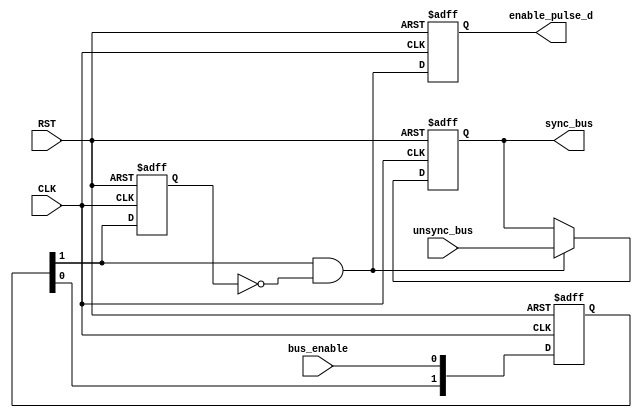

module DATA_SYNC # ( 
     parameter NUM_STAGES = 2 ,
	 parameter BUS_WIDTH = 8 
)(
input    wire                      CLK,
input    wire                      RST,
input    wire     [BUS_WIDTH-1:0]  unsync_bus,
input    wire                      bus_enable,
output   reg      [BUS_WIDTH-1:0]  sync_bus,
output   reg                       enable_pulse_d
);



//internal connections
reg   [NUM_STAGES-1:0]    sync_reg;
reg                       enable_flop ;
					 
wire                      enable_pulse ;

wire  [BUS_WIDTH-1:0]     sync_bus_c ;
					 
//----------------- Multi flop synchronizer --------------

always @(posedge CLK or negedge RST)
 begin
  if(!RST)      // active low
   begin
    sync_reg <= 'b0 ;
   end
  else
   begin
    sync_reg <= {sync_reg[NUM_STAGES-2:0],bus_enable};
   end  
 end
 

//----------------- pulse generator --------------------

always @(posedge CLK or negedge RST)
 begin
  if(!RST)      // active low
   begin
    enable_flop <= 1'b0 ;	
   end
  else
   begin
    enable_flop <= sync_reg[NUM_STAGES-1] ;
   end  
 end

 
assign enable_pulse = sync_reg[NUM_STAGES-1] && !enable_flop ;


//----------------- multiplexing --------------------

assign sync_bus_c =  enable_pulse ? unsync_bus : sync_bus ;  


//----------- destination domain flop ---------------

always @(posedge CLK or negedge RST)
 begin
  if(!RST)      // active low
   begin
    sync_bus <= 'b0 ;	
   end
  else
   begin
    sync_bus <= sync_bus_c ;
   end  
 end
 
//--------------- delay generated pulse ------------

always @(posedge CLK or negedge RST)
 begin
  if(!RST)      // active low
   begin
    enable_pulse_d <= 1'b0 ;	
   end
  else
   begin
    enable_pulse_d <= enable_pulse ;
   end  
 end
 

endmodule
/*module DATA_SYNC #(parameter BUS_WIDTH,NUM_STAGES)
	(
		input wire [BUS_WIDTH-1:0] unsync_bus,
		input wire bus_enable,


		input wire CLK,RST,

		output reg enable_pulse,
		output reg [BUS_WIDTH-1:0] sync_bus
	);
	
	
		
	wire Pulse_Gen;
	reg [NUM_STAGES-1:0] Multi_FlipFlop;
	reg flip;
	assign Pulse_Gen = ((~flip) & Multi_FlipFlop[NUM_STAGES-1]) ;
	integer i ;
	always@(posedge CLK or negedge RST)
	 begin
		if(!RST)
		 begin
			Multi_FlipFlop <= 'b0;
		 end
		else
		 begin
			Multi_FlipFlop[0] <= bus_enable;
			for(i = 0 ; i < (NUM_STAGES-1); i=i+1)
				Multi_FlipFlop[i+1] <= Multi_FlipFlop[i];
				
			flip <= Multi_FlipFlop[NUM_STAGES-1];
			enable_pulse <= ((~flip) & Multi_FlipFlop[NUM_STAGES-1] );
		 end
	 
		
	 end
	
	
	always@(posedge CLK or negedge RST)
	 begin
		if(!RST)
		 begin
			sync_bus <= 'b0;
		 end
		else
 		 begin
			if (Pulse_Gen)
			 begin
				sync_bus <= unsync_bus;
			 end
			else
			 begin
				sync_bus <= sync_bus ;
			 end
		 end
	 
		
	 end

endmodule
*/